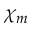
\chi _ { m }